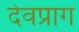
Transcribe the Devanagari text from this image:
देवप्राग